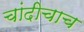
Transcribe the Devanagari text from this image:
चांदीचाच